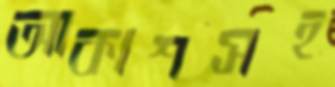
আকাশসহ